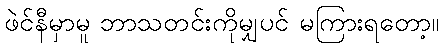
ဖဲင်နီမှာမူ ဘာသတင်းကိုမျှပင် မကြားရတော့။